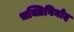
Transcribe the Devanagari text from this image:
भक्तिविनोद